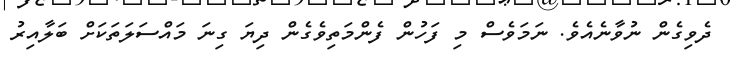
ދެވިގެން ނުވާނެއެވެ. ނަމަވެސް މި ފަހުން ފެންމަތިވެގެން ދިޔަ ގިނަ މައްސަލަތަކަށް ބަލާއިރު